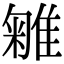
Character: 𨿥